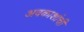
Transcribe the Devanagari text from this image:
अवकाशांची